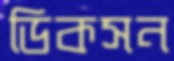
ডিকসন